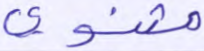
مثنوي